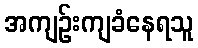
အကျဉ်းကျခံနေရသူ